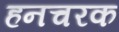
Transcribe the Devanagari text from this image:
हनचरक